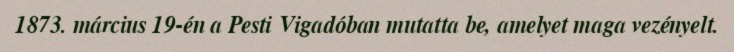
1873. március 19-én a Pesti Vigadóban mutatta be, amelyet maga vezényelt.